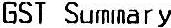
GST SUMMARY